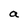
Character: a